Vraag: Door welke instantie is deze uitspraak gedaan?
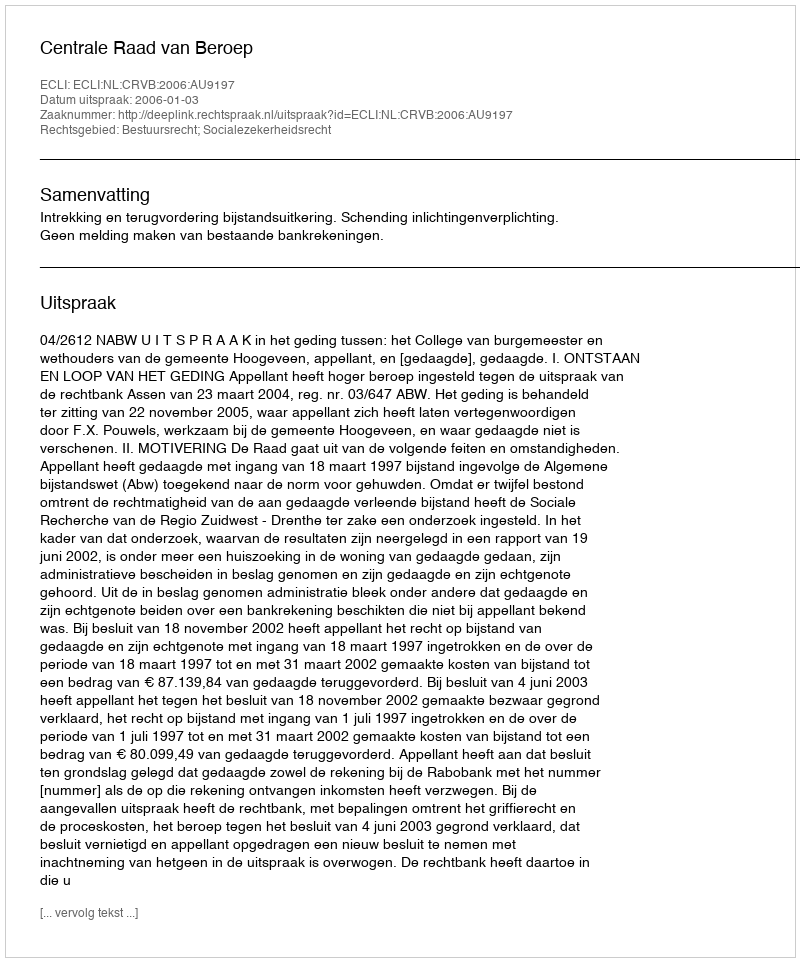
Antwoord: Centrale Raad van Beroep